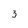
Character: 3